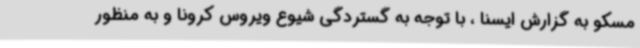
مسکو به گزارش ایسنا ، با توجه به گستردگی شیوع ویروس کرونا و به منظور